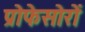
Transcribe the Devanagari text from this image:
प्रोफेसोरों